Vaccine operations Central Provinces & Berar 1912-1920 - 1912-1920
Year: 1912
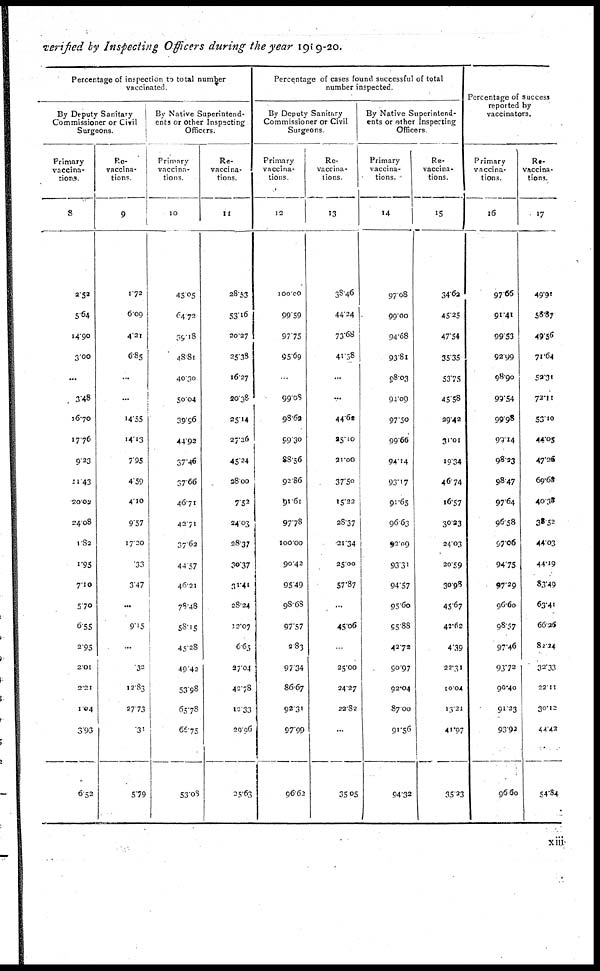
verified by Inspecting Officers during the year 1919-20.
Percentage of inspection to total number
vaccinated.
By Deputy Sanitary
Commissioner or Civil
Surgeons.
Primary
vaccina-
tions.
8
252
5.64
14.90
3.00
...
3.48
16.70
17.76
9.23
21.43
20.02
24.08
1.82
1.95
7.10
5.70
6.55
2.95
2.01
2.21
1.04
3.93
6.52
Re-
vaccina-
tions
9
1.72
6.09
4.21
6.85
...
...
14.55
14.13
7.95
4.59
4.10
9.57
17.20
33
3.47
...
9.15
...
32
12.83
27.73
31
5.79
By Native Superintend-
ents or other Inspecting
Officers.
Primary
vaccina-
tions.
10
45.05
64.72
35.18
48.81
40.30
50.04
39.96
44.92
37.46
37.66
46.71
42.71
37.62
44.57
46.21
78.48
58.15
45.28
49.42
53.98
65.78
66.75
53.08
Re-
vaccina-
tions.
11
28.53
53.16
20.27
25.38
16.27
20.38
25.14
27.26
45.24
38.00
7.52
24.03
28.37
30.37
31.41
28.24
12.07
6.63
37.04
42.78
12.33
29.96
25.63
Percentage of cases found successful of total
number inspected.
By Deputy Sanitary
Commissioner or Civil
Surgeons
Primary
vaccina-
tions
12
100.00
99.59
97.75
95.69
...
99.08
98.62
99.30
88.56
92.86
91.61
97.78
100.00
90.42
95.49
98.68
97.57
2.83
97.34
86.67
92.31
97.99
96.62
Re-
vaccina-
tions.
13
38.46
44.24
73.68
41.38
...
...
44.62
95.10
21.00
37.50
15.22
28.37
21.34
25.00
57.87
...
45.06
...
25.00
24.27
22.82
...
35.05
By Native Superintend-
ents or other Inspecting
Officers
Primary
vaccina-
tions.
14
97.08
99.00
94.68
93.81
98.03
94.09
97.50
99.66
94.14
93.17
91.65
96.63
92.09
93.31
94.57
95.60
95.88
42.72
90.97
92.04
87.00
91.56
94.32
Re-
vaccina-
tions.
15
34.62
45.25
47.54
35.35
53.75
45.58
29.42
31.01
19.34
46.74
16.57
30.23
24.03
20.59
30.98
45.67
42.62
4.39
22.31
10.04
13.21
41.97
35.23
Percentage of Success
reported by
vaccinators.
Primary
vaccina-
tions.
16
97.66
91.41
99.53
92.99
98.90
99.54
99.98
99.14
98.23
98.47
97.64
96.58
97.06
94.75
97.29
96.60
98.57
97.46
93.72
90.40
91.23
93.92
96.60
Re-
vaccina-
tions.
17
49.91
58.87
49.56
71.64
52.31
72.11
53.10
44.05
47.26
69.68
40.38
38.52
44.03
44.19
83.49
63.41
66.26
82.24
32.33
22.11
30.12
44.42
54.84
xiii